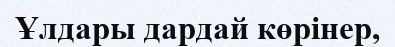
Ұлдары дардай көрінер,